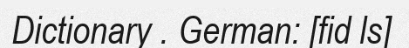
Dictionary . German: [fid ls]